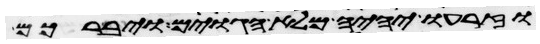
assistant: וזרעו יהיה מלא הגוים ויברכם